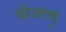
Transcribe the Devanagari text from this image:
बीजाणुं